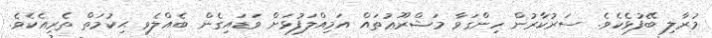
މުރާލި ބޭފުޅެކެވެ. ސަރުކާރުން ހިންގަވާ މަޝްރޫޢުތައް އަމިއްލަފުޅަށް ވަޑައިގެން ބެއްލެވި ޙިކުމަތް ތެރިއެކެވެ.